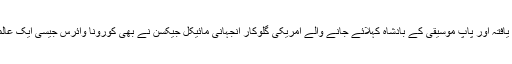
اور اب رپورٹس سامنے آرہی ہیں کہ عالمی شہرت یافتہ اور پاپ موسیقی کے بادشاہ کہلائے جانے والے امریکی گلوکار آنجہانی مائیکل جیکسن نے بھی کورونا وائرس جیسی ایک عالمی وبا کی پیشگوئی اپنی زندگی میں ہی کردی تھی۔